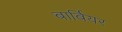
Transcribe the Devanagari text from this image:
बार्बियर